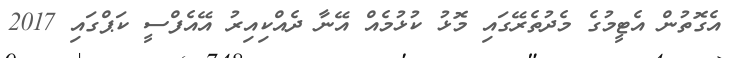
އެގޮތުން އެޓީމުގެ މެދުތެރޭގައި މޮޅު ކުޅުމެއް އޭނާ ދެއްކިއިރު އޭއެފްސީ ކަޕްގައި 2017